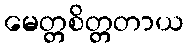
မေတ္တစိတ္တတာယ